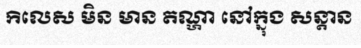
កិលេស មិន មាន តណ្ហា នៅក្នុង សន្តាន